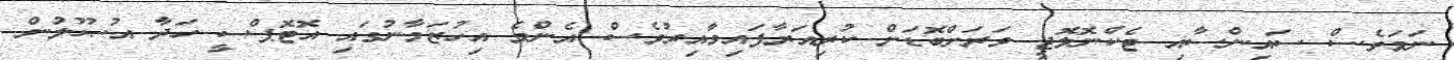
ނަމަވެސް ސައިންސާއި ޓެކްނޮލޮޖީ ވަރަށްބޮޑަށް ކުރިއަރާފައިވާއިރުވެސް އެންމެ އިހުޒަމާނުގައި އޮޓޮޕްސީ ހަދާ އުޞޫލުން